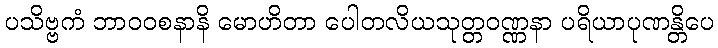
ပသိဗ္ဗကံ ဘာဝဝစနာနိ မောဟိတာ ပေါတလိယသုတ္တဝဏ္ဏနာ ပရိယာပုဏန္တိပေ